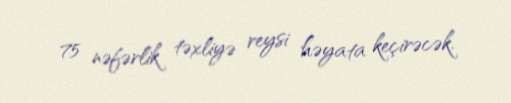
75 nəfərlik təxliyə reysi həyata keçirəcək.